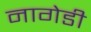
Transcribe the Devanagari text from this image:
नागेडी